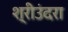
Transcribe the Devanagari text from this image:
श्रीउंदरा